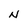
Character: N